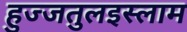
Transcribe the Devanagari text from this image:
हुज्जतुलइस्लाम